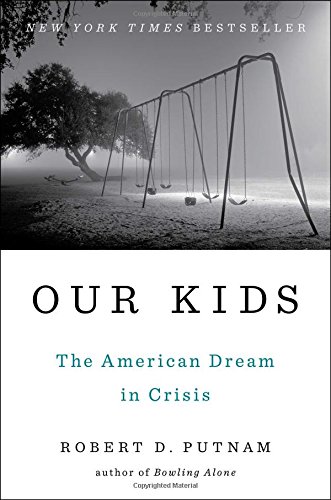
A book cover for Our Kids: The American Dream in Crisis; Robert D. Putnam; Business & Money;